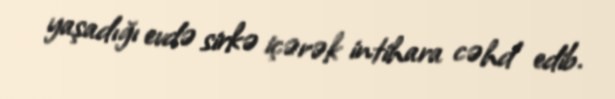
yaşadığı evdə sirkə içərək intihara cəhd edib.